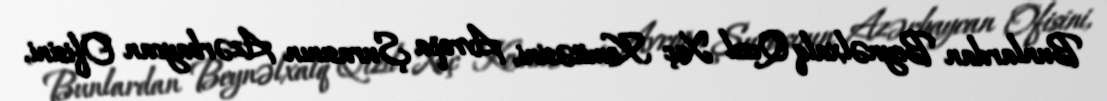
Bunlardan Beynəlxalq Qızıl Xaç Komitəsini, Avropa Şurasının Azərbaycan Ofisini,